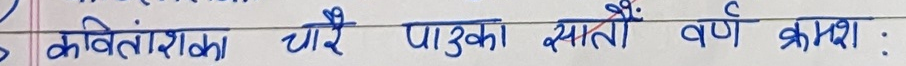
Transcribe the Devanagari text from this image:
कवितांशका चारै पाऊका मंती वर्ण क्रमशः :